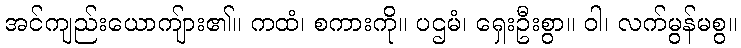
အင်ကျည်းယောကျ်ား၏။ ကထံ၊ စကားကို။ ပဌမံ၊ ရှေးဦးစွာ။ ဝါ၊ လက်မွန်မစွ။